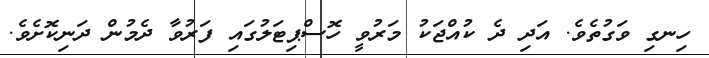
ހިނގި ވަގުތެވެ. އަދި ދެ ކުއްޖަކު މަރުވީ ހޮސްޕިޓަލުގައި ފަރުވާ ދެމުން ދަނިކޮށެވެ.